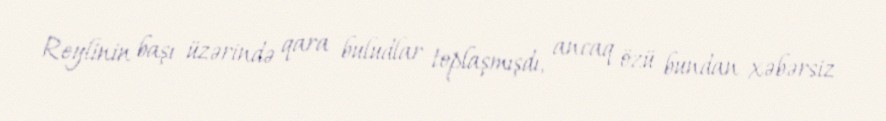
Reylinin başı üzərində qara buludlar toplaşmışdı, ancaq özü bundan xəbərsiz